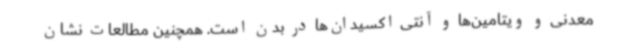
معدنی و ویتامین‌ها و آنتی اکسیدان‌ها در بدن است. همچنین مطالعات نشان